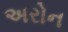
અરોન